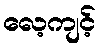
လေ့ကျင့်